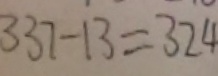
3 3 7 - 1 3 = 3 2 4